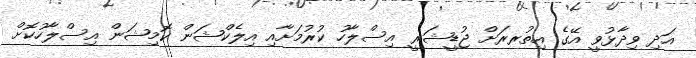
އަދި ވިދާޅުވީ އޭގެ އިތުރރަށް ޖުޑީޝަރީ އިސްލާހު ކުރުމަށާއި އިލެކްޝަން ކޮމިޝަން އިސްލާހުކޮށް